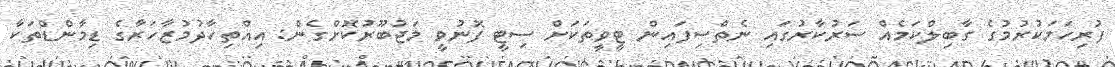
ފުރިހަމަކުރުމުގެ ގާބިލްކަމެއް ސަރުކާރުގައި ނެތްސިފައިން ޓީވީތަކަށް ސިޓީ ފޮނުވީ މަޖުބޫރުކޮށްގެން: އިއްތިހާދުމުޒާހަރާގެ ޑިމާންޑްތަކާ